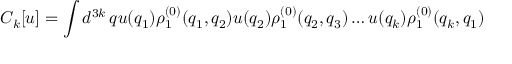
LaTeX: C _ { k } [ u ] = \int d ^ { 3 k } \, q u ( q _ { 1 } ) \rho _ { 1 } ^ { ( 0 ) } ( q _ { 1 } , q _ { 2 } ) u ( q _ { 2 } ) \rho _ { 1 } ^ { ( 0 ) } ( q _ { 2 } , q _ { 3 } ) \ldots u ( q _ { k } ) \rho _ { 1 } ^ { ( 0 ) } ( q _ { k } , q _ { 1 } )